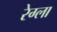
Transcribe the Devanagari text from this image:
रेग्ला